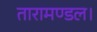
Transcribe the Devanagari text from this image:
तारामण्डल।